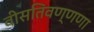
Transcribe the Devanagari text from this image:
वीसतिवण्णणा